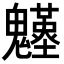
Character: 𩴴